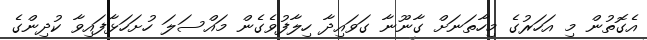
އެގޮތުން މި އަހަރުގެ މިހާތަނަށް ގާނޫނާ ގަވައިދާ ހިލާފުވެގެން މައްސަލަ ހުށަހަޅާފައިވާ ކުދިންގެ